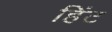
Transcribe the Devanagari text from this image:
हिंट